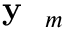
\textrm { \textbf { y } } _ { m }